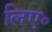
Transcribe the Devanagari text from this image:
लिए॰